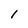
Character: 1